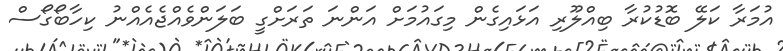
އުމަރާ ކަލޭ ބޮޑުކުރާ ބިއްލޫރި އަޅައިގެން މިގައުމަށް އަންނަ ތަރަށްގީ ބަލަންވެއްޖެއެއްނު ކިހާބޯގޯސް